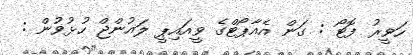
ހަވީރު ފޮޓޯ : ގަން އެއާޕޯޓްގެ ވީއައިޕީ ލައުންޖް ހުޅުވުން :